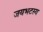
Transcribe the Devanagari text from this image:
जयभटस्य